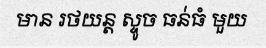
មាន រថយន្ត ស្ទូច ធន់ធំ មួយ